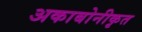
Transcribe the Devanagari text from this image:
अकाबोनीकृत